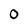
Character: 0